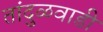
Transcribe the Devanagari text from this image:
तांदुळवाडी